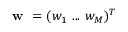
\textbf { w } = ( w _ { 1 } ~ . . . ~ w _ { M } ) ^ { T }